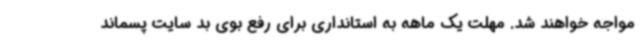
مواجه خواهند شد. مهلت یک ماهه به استانداری برای رفع بوی بد سایت پسماند